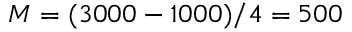
M = ( 3 0 0 0 - 1 0 0 0 ) / 4 = 5 0 0